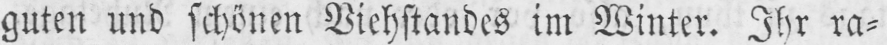
guten und schönen Viehstandes im Winter. Ihr ra⸗